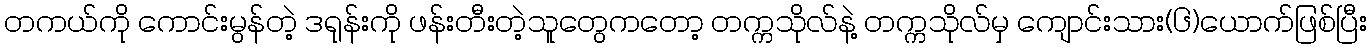
တကယ်ကို ကောင်းမွန်တဲ့ ဒရုန်းကို ဖန်းတီးတဲ့သူတွေကတော့ တက္ကသိုလ်နဲ့ တက္ကသိုလ်မှ ကျောင်းသား(၆)ယောက်ဖြစ်ပြီး